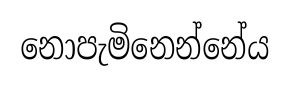
නොපැමිනෙන්නේය